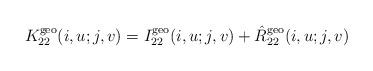
LaTeX: \begin{align*}K^{\rm geo}_{22}(i, u;j,v) = I^{\rm geo}_{22}(i, u;j,v)+ \hat{R}^{\rm geo}_{22}(i, u;j,v)\end{align*}